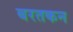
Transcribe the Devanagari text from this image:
बरतकन